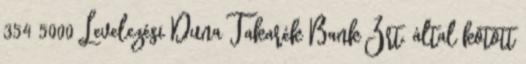
354 5000 Levelezési Duna Takarék Bank Zrt. által kötött